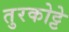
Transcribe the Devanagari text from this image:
तुरकोट्टे